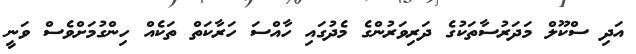
އަދި ސްކޫލް މަދަރުސާތަކުގެ ދަރިވަރުންގެ މެދުގައި ހާއްސަ ހަރާކަތް ތަކެއް ހިންގުމަށްވެސް ވަނީ